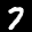
Label: 7